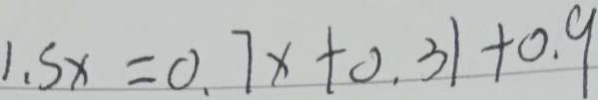
1 . 5 x = 0 . 7 x + 0 . 3 1 + 0 . 9